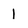
Character: 1